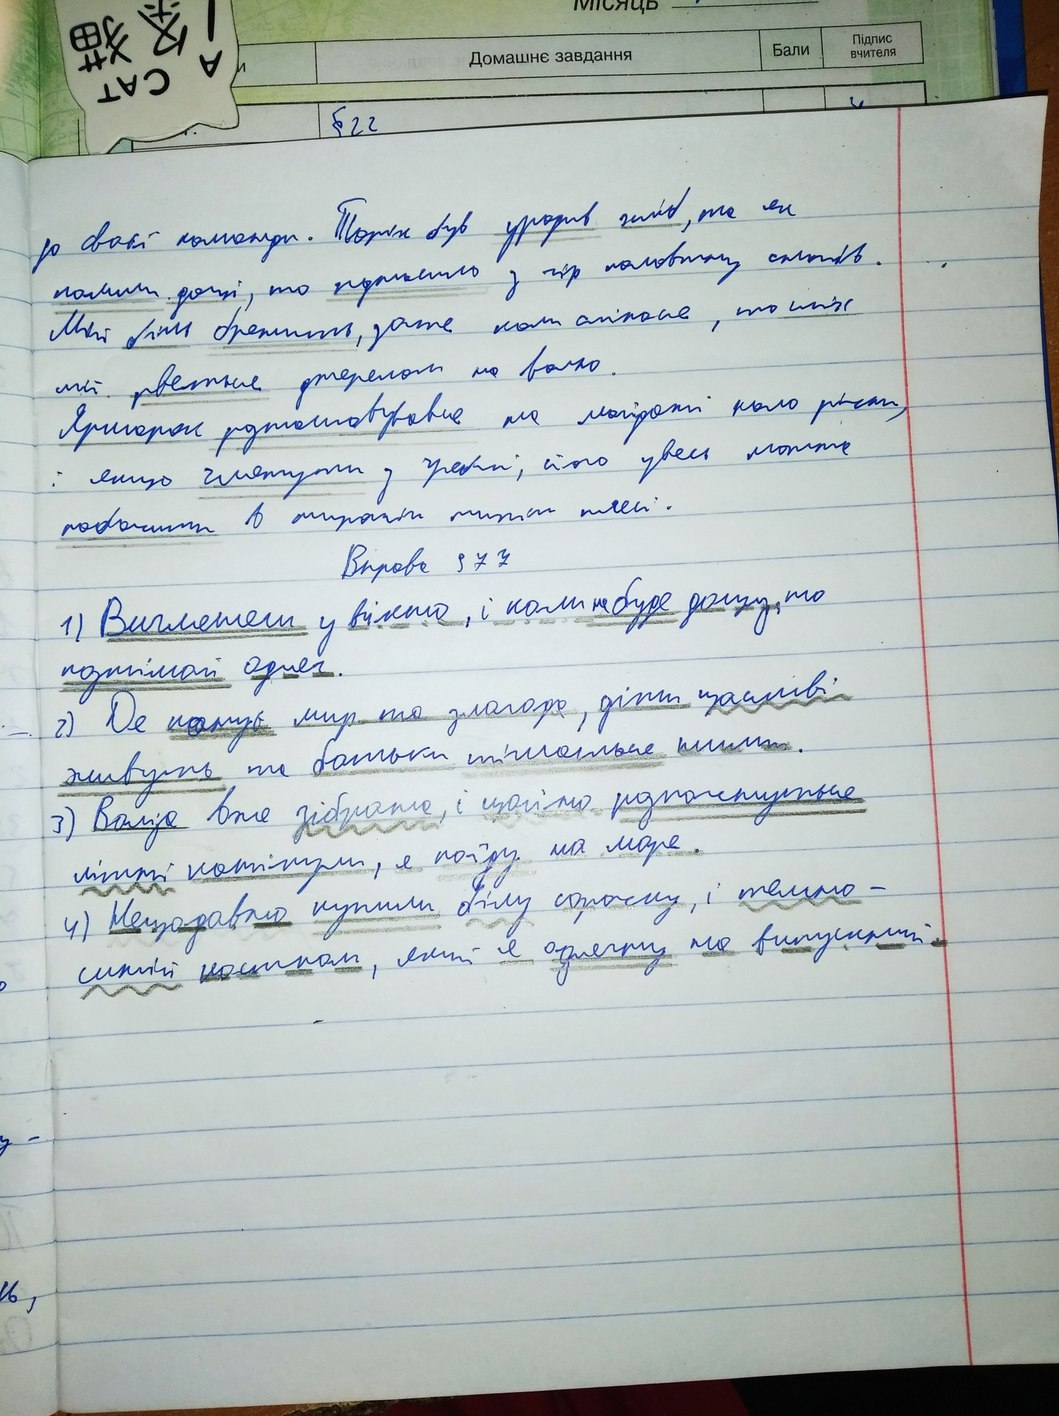
до своєї команди. Також був уродив хліб, те як
полили дощі, то позносило з гір половину снопів.
Мій світ бренить, зате коли сміюся, то сміх
мій рветься джерелом на волю.
Ярмарок розташовувався на майдані коло річки,
якщо глянути з греблі, його увесь можна
побачити в широкім тихім плесі.
Вправа 377
1) Виглянеш у вікно, і коли не буде дощу, то
познімай одяг.
Де панує мир та злагода, діти щасливі
живуть та батьки тішаться тими.
3) Валіза вже зібрана, і щойно розпочнуться
літні канікули, я поїду на море.
4) Нещодавно купили білу сорочку, і темно-
сині костюм, який я одягну на випускний.